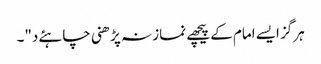
ہرگز ایسے امام کے پیچھے نماز نہ پڑھنی چاہئےد"۔